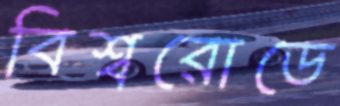
বিশ্বরোডে